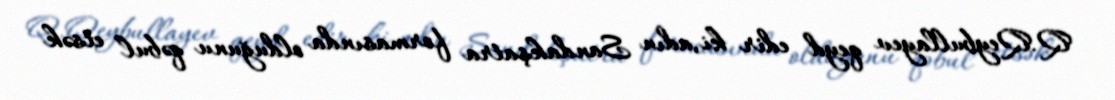
Q.Qeybullayev qeyd edir ki,adın Sandakşatra formasında olduğunu qəbul etsək